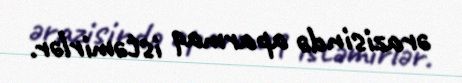
ərazisində aparmaq istəmirlər.